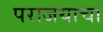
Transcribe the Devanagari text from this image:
पराजयाचा